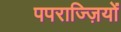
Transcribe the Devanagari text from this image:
पपराज्ज़ियों